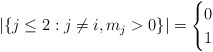
\begin{align*}|\{ j\le 2: j \not=i, m_j>0 \}| = \begin{cases} 0 \\1 \end{cases}\end{align*}